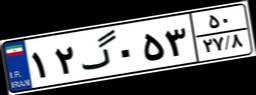
۹۴گ۱۳۹۷۰